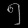
Digit: ၅